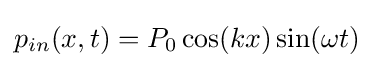
{p_{in}}(x,t)={P_{0}}\cos(kx)\sin(\omega t)